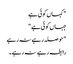
" کہاں کوئی ہے
جہاں کوئی ہے "
" حوصلہ رہے نہ رہے
رابطہ رہے نہ رہے ۔